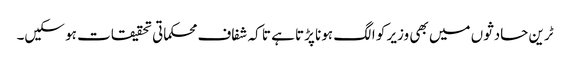
ٹرین حادثوں میں بھی وزیر کو الگ ہونا پڑتا ہے تا کہ شفاف محکماتی تحقیقات ہو سکیں۔